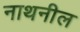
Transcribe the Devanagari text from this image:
नाथनील